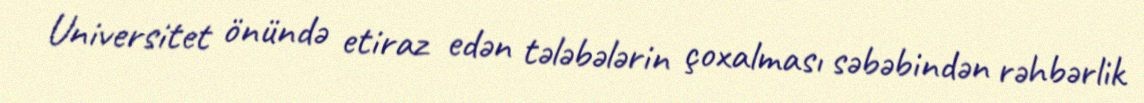
Universitet önündə etiraz edən tələbələrin çoxalması səbəbindən rəhbərlik